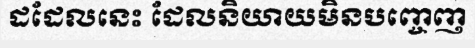
ដដែលនេះ ដែលនិយាយមិនបញ្ចេញ